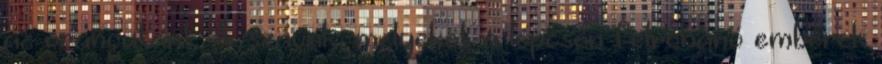
az orangutánt. A szavak, melyeket a lépcsőn felrohanó emberek